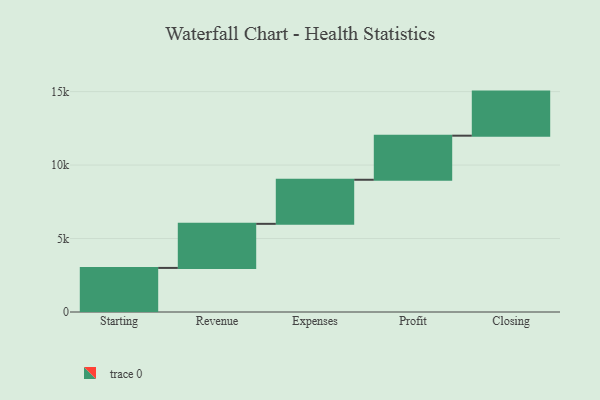
{"axis": {"x": "Step", "y": "Value"}, "legend": [""], "data": [{"x": "Starting", "y": 3000, "type": ""}, {"x": "Revenue", "y": 3000, "type": ""}, {"x": "Expenses", "y": 3000, "type": ""}, {"x": "Profit", "y": 3000, "type": ""}, {"x": "Closing", "y": 3000, "type": ""}]}